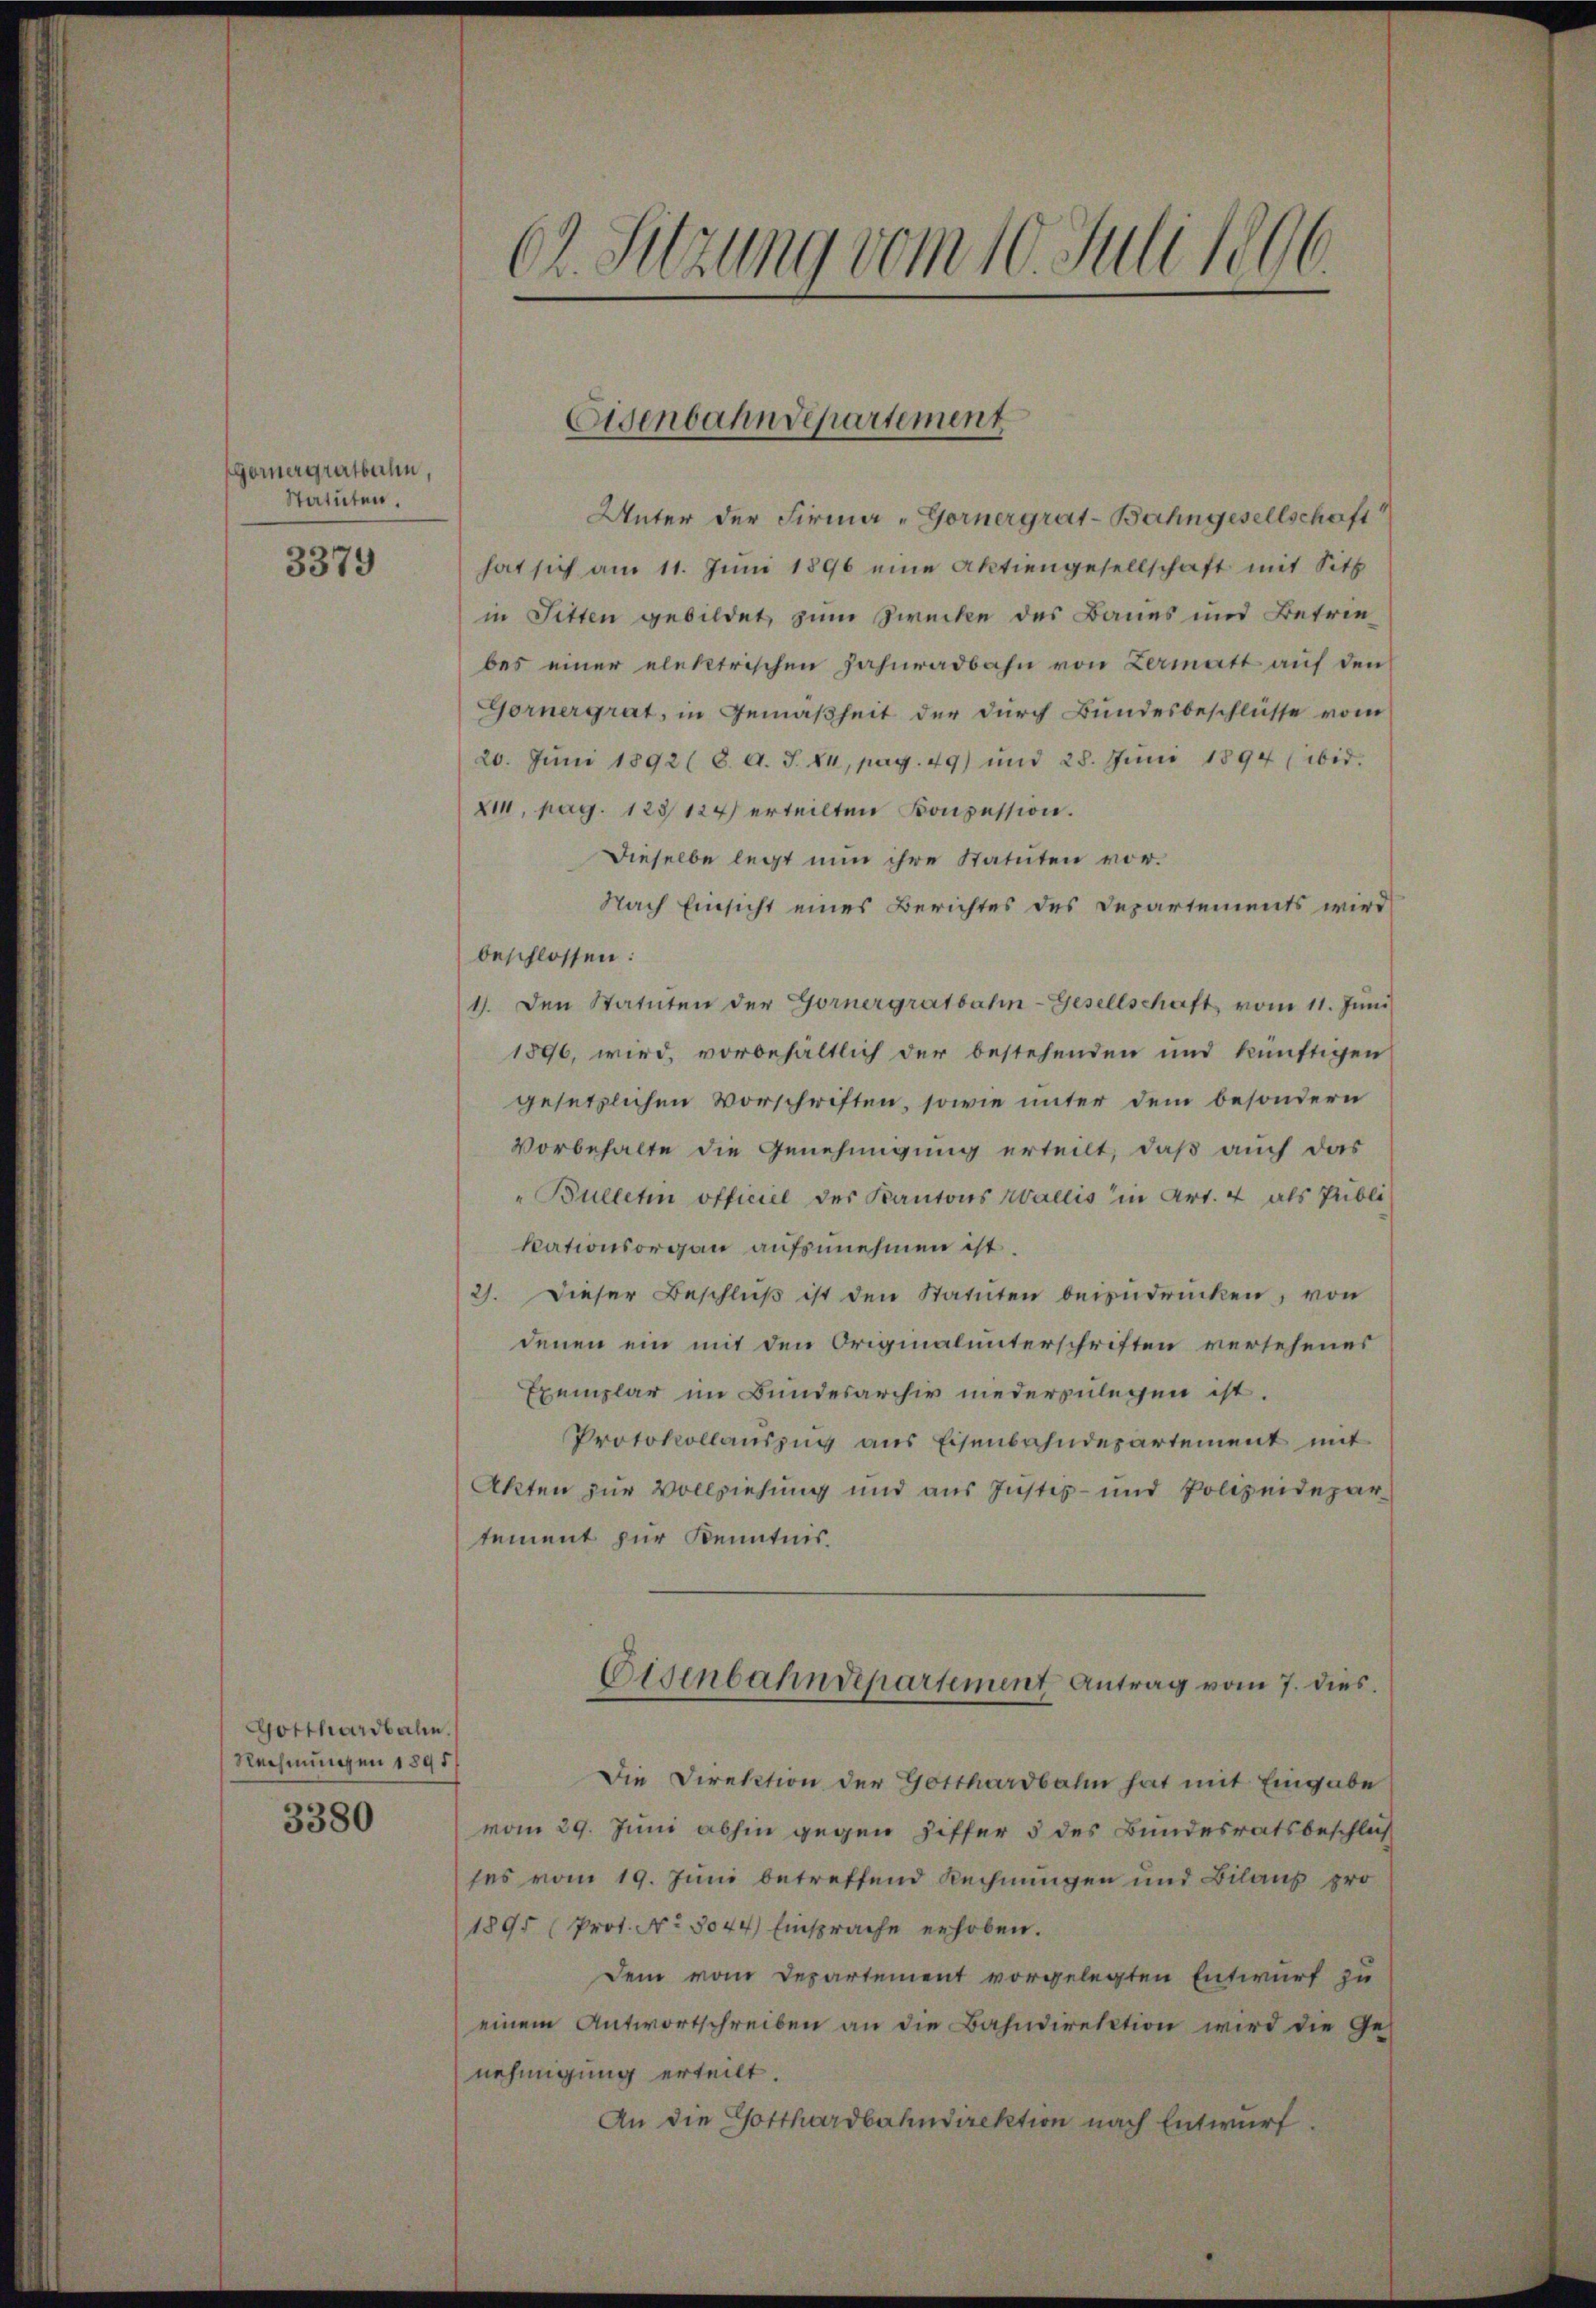
Gernergratbahn,
Statuten.

3379

GGotthardbahn.
Rechnungen 1895.
3380

62. Sitzung vom 10. Juli 1806

Eisenbahndepartement

Unter der Firma „Gornergrat-Bahngesellschaft
hat sich am 11. Juni 1896 eine Aktiengesellschaft mit Sitt
in Sitten gebildet, zum Zwecke des Baues und Betriebes einer elektrischen Jahnradbahn von Zermatt auf den
Gornergrat, in Gemäßheit der durch Bundesbeschlüsse vom
20. Juni 1892 (8. d. J. XI, pag. 49) und 28. Juni 1894 ibid.
XII, pag. 123124) erteilten Konzession.
Dieselbe legt nun ihre Statuten vor.
Nach Einsicht eines Berichtes des Departements wird
beschlossen:
1. den Statuten der Gornergratbahn-Gesellschaft vom 11. Jŭni
1896, wird, vorbehältlich der bestehenden und künftigen
gesetzlichen Vorschriften, sowie unter dem besondern
Vorbehalte die Genehmigung erteilt, daß auch das
"Bulleten officiel der Kantons Wallis in Art. 4 als Publi
kationsorgan aufzunehmen ist.
2). Dieser Beschluß ist den Statuten beizudrücken, von
denen ein mit den Originalunterschriften versehenes
Exemplar im Bundesarchiv niederzulegen ist.
Protokollauszug aus Eisenbahndepartement mit
Akten zur Vollziehung und aus Justiz- und Polizeidepar
tement zur Kenntnis.
Eisenbahndepartement Antrag vom 7. dies
Die Direktion der Gotthardbahn hat mit Eingabe
vom 29. Juni abhin gegen Ziffer 5 des Bundesratsbeschluß
ses vom 19. Juni betreffend Rechnungen und Bilans pro¬
1895 (Prot. No 3044) Einsprache erhoben.
Dem vom Departement vorgelegten Entwurf zu
einem Antwortschreiben an die Bahndirektion wird die Ges
nehmigung erteilt.
An die Gotthardbahndirektion nach Entwurf.